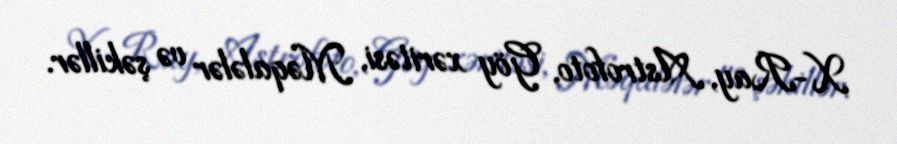
X-Ray, Astrofoto, Göy xəritəsi, Məqalələr və şəkillər.